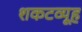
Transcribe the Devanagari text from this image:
शकटव्यूह